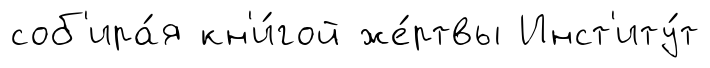
соб'ира́я кн'и́гой же́ртвы Инст'иту́т